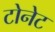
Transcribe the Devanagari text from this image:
टोनेट